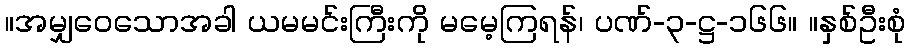
။အမျှဝေသောအခါ ယမမင်းကြီးကို မမေ့ကြရန်၊ ပဏ်-၃-ဋ္ဌ-၁၆၆။ ။နှစ်ဦးစုံ